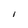
Character: 1